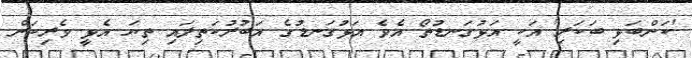
'ކަންބަޅި ބަކަރި' އަކީ އަޅުގަނޑުތޯ އެވެ އަޅުގަނޑުގެ އަބުރުކަތިލައި ތިޔަ އެޅީ ވެރިކަން